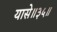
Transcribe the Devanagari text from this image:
यासे॥३५॥